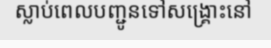
ស្លាប់ពេលបញ្ជូនទៅសង្គ្រោះនៅ